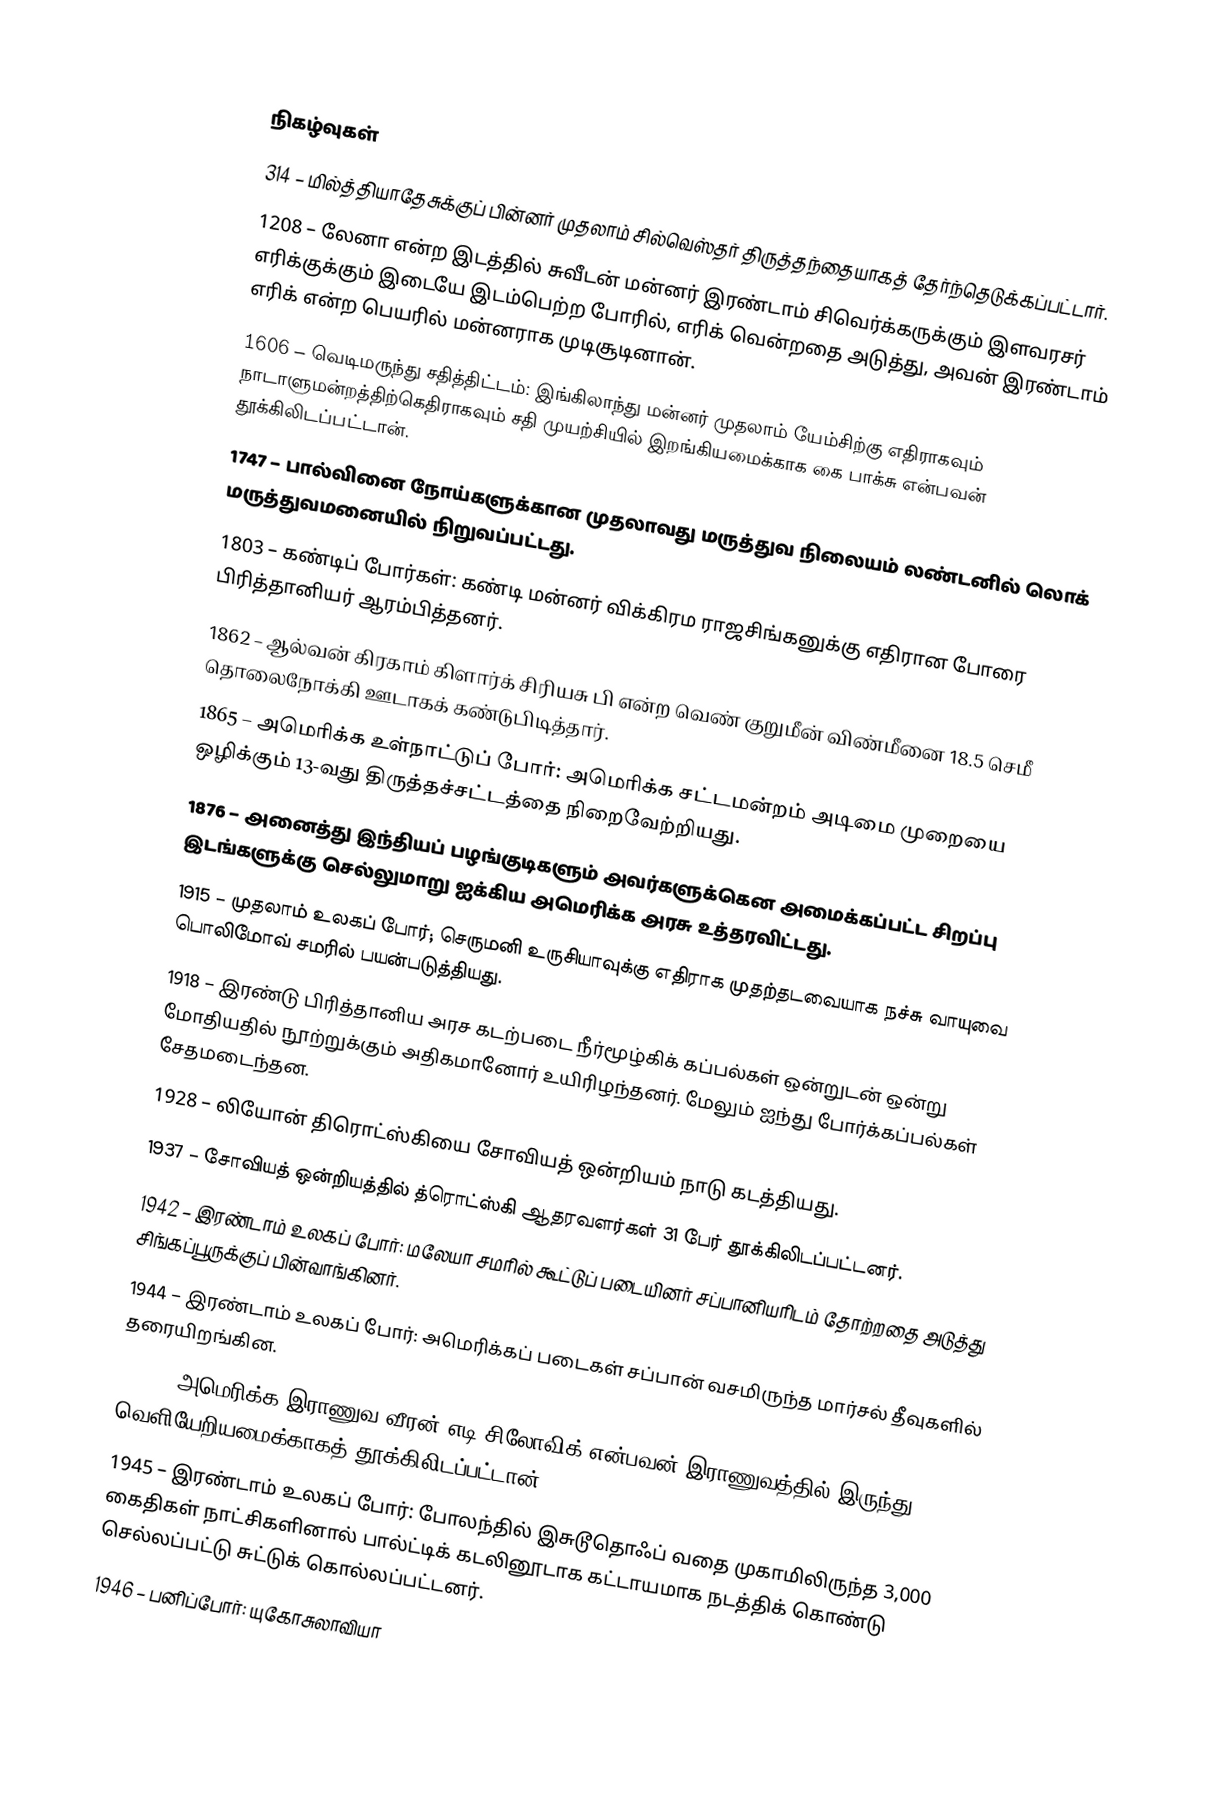

நிகழ்வுகள்
 314 – மில்த்தியாதேசுக்குப் பின்னர் முதலாம் சில்வெஸ்தர் திருத்தந்தையாகத் தேர்ந்தெடுக்கப்பட்டார்.
1208 – லேனா என்ற இடத்தில் சுவீடன் மன்னர் இரண்டாம் சிவெர்க்கருக்கும் இளவரசர் எரிக்குக்கும் இடையே இடம்பெற்ற போரில், எரிக் வென்றதை அடுத்து, அவன் இரண்டாம் எரிக் என்ற பெயரில் மன்னராக முடிசூடினான்.
1606 – வெடிமருந்து சதித்திட்டம்: இங்கிலாந்து மன்னர் முதலாம் யேம்சிற்கு எதிராகவும் நாடாளுமன்றத்திற்கெதிராகவும் சதி முயற்சியில் இறங்கியமைக்காக கை பாக்சு என்பவன் தூக்கிலிடப்பட்டான்.
1747 – பால்வினை நோய்களுக்கான முதலாவது மருத்துவ நிலையம் லண்டனில் லொக் மருத்துவமனையில் நிறுவப்பட்டது.
1803 – கண்டிப் போர்கள்: கண்டி மன்னர் விக்கிரம ராஜசிங்கனுக்கு எதிரான போரை பிரித்தானியர் ஆரம்பித்தனர்.
1862 – ஆல்வன் கிரகாம் கிளார்க் சிரியசு பி என்ற வெண் குறுமீன் விண்மீனை 18.5 செமீ தொலைநோக்கி ஊடாகக் கண்டுபிடித்தார்.
1865 – அமெரிக்க உள்நாட்டுப் போர்: அமெரிக்க சட்டமன்றம் அடிமை முறையை ஒழிக்கும் 13-வது திருத்தச்சட்டத்தை நிறைவேற்றியது.
1876 – அனைத்து இந்தியப் பழங்குடிகளும் அவர்களுக்கென அமைக்கப்பட்ட சிறப்பு இடங்களுக்கு செல்லுமாறு ஐக்கிய அமெரிக்க அரசு உத்தரவிட்டது.
1915 – முதலாம் உலகப் போர்; செருமனி உருசியாவுக்கு எதிராக முதற்தடவையாக நச்சு வாயுவை பொலிமோவ் சமரில் பயன்படுத்தியது.
1918 – இரண்டு பிரித்தானிய அரச கடற்படை நீர்மூழ்கிக் கப்பல்கள் ஒன்றுடன் ஒன்று மோதியதில் நூற்றுக்கும் அதிகமானோர் உயிரிழந்தனர். மேலும் ஐந்து போர்க்கப்பல்கள் சேதமடைந்தன.
1928 – லியோன் திரொட்ஸ்கியை சோவியத் ஒன்றியம் நாடு கடத்தியது.
1937 – சோவியத் ஒன்றியத்தில் த்ரொட்ஸ்கி ஆதரவளர்கள் 31 பேர் தூக்கிலிடப்பட்டனர்.
1942 – இரண்டாம் உலகப் போர்: மலேயா சமரில் கூட்டுப் படையினர் சப்பானியரிடம் தோற்றதை அடுத்து சிங்கப்பூருக்குப் பின்வாங்கினர்.
1944 – இரண்டாம் உலகப் போர்: அமெரிக்கப் படைகள் சப்பான் வசமிருந்த மார்சல் தீவுகளில் தரையிறங்கின.
1945 – அமெரிக்க இராணுவ வீரன் எடி சிலோவிக் என்பவன் இராணுவத்தில் இருந்து வெளியேறியமைக்காகத் தூக்கிலிடப்பட்டான்.
1945 – இரண்டாம் உலகப் போர்: போலந்தில் இசுடூதொஃப் வதை முகாமிலிருந்த 3,000 கைதிகள் நாட்சிகளினால் பால்ட்டிக் கடலினூடாக கட்டாயமாக நடத்திக் கொண்டு செல்லப்பட்டு சுட்டுக் கொல்லப்பட்டனர்.
1946 – பனிப்போர்: யுகோசுலாவியா